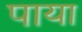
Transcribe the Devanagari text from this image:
पाया